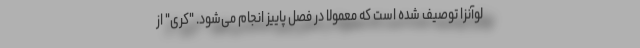
لوآنزا توصیف شده است که معمولاً در فصل پاییز انجام می‌شود. "کری" از